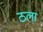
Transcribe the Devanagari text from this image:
ठला